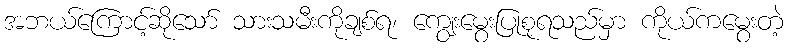
အဘယ်ကြောင့်ဆိုသော် သားသမီးကိုချစ်ရ၊ ကျွေးမွေးပြုစုရသည်မှာ ကိုယ်ကမွေးတဲ့